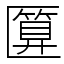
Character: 匴